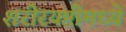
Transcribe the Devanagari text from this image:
शरीरयष्टीमध्ये